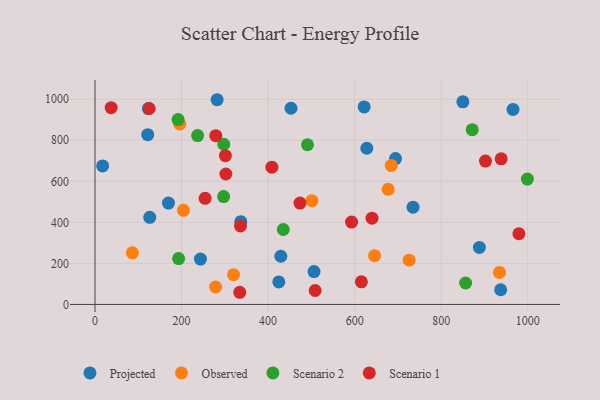
{"axis": {"x": "Investment", "y": "Profit"}, "legend": ["Observed", "Projected", "Scenario 1", "Scenario 2"], "data": [{"x": "452.9", "y": 956.2, "type": "Projected"}, {"x": "424.7", "y": 109.7, "type": "Projected"}, {"x": "429.4", "y": 234.9, "type": "Projected"}, {"x": "126.5", "y": 424.8, "type": "Projected"}, {"x": "282.2", "y": 997.7, "type": "Projected"}, {"x": "965.9", "y": 950.5, "type": "Projected"}, {"x": "243.7", "y": 220.9, "type": "Projected"}, {"x": "506.1", "y": 160.0, "type": "Projected"}, {"x": "169.7", "y": 494.1, "type": "Projected"}, {"x": "121.8", "y": 827.6, "type": "Projected"}, {"x": "734.9", "y": 474.2, "type": "Projected"}, {"x": "850.1", "y": 987.5, "type": "Projected"}, {"x": "937.4", "y": 71.6, "type": "Projected"}, {"x": "17.6", "y": 675.1, "type": "Projected"}, {"x": "888.2", "y": 277.7, "type": "Projected"}, {"x": "123.3", "y": 954.4, "type": "Projected"}, {"x": "628.1", "y": 761.1, "type": "Projected"}, {"x": "621.9", "y": 962.8, "type": "Projected"}, {"x": "336.9", "y": 403.4, "type": "Projected"}, {"x": "694.4", "y": 710.7, "type": "Projected"}, {"x": "646.0", "y": 237.8, "type": "Observed"}, {"x": "934.6", "y": 156.1, "type": "Observed"}, {"x": "86.4", "y": 251.5, "type": "Observed"}, {"x": "195.8", "y": 879.5, "type": "Observed"}, {"x": "501.2", "y": 505.8, "type": "Observed"}, {"x": "677.5", "y": 561.0, "type": "Observed"}, {"x": "278.7", "y": 84.9, "type": "Observed"}, {"x": "204.4", "y": 458.9, "type": "Observed"}, {"x": "320.2", "y": 145.3, "type": "Observed"}, {"x": "684.5", "y": 677.5, "type": "Observed"}, {"x": "725.9", "y": 215.5, "type": "Observed"}, {"x": "435.0", "y": 365.3, "type": "Scenario 2"}, {"x": "297.5", "y": 780.8, "type": "Scenario 2"}, {"x": "999.1", "y": 610.9, "type": "Scenario 2"}, {"x": "297.2", "y": 525.5, "type": "Scenario 2"}, {"x": "237.1", "y": 822.9, "type": "Scenario 2"}, {"x": "192.0", "y": 901.0, "type": "Scenario 2"}, {"x": "871.6", "y": 851.6, "type": "Scenario 2"}, {"x": "491.0", "y": 778.3, "type": "Scenario 2"}, {"x": "856.4", "y": 104.5, "type": "Scenario 2"}, {"x": "193.2", "y": 223.4, "type": "Scenario 2"}, {"x": "336.2", "y": 382.7, "type": "Scenario 1"}, {"x": "508.7", "y": 68.0, "type": "Scenario 1"}, {"x": "938.5", "y": 709.9, "type": "Scenario 1"}, {"x": "640.1", "y": 420.4, "type": "Scenario 1"}, {"x": "302.4", "y": 635.8, "type": "Scenario 1"}, {"x": "334.5", "y": 59.3, "type": "Scenario 1"}, {"x": "125.1", "y": 954.9, "type": "Scenario 1"}, {"x": "592.9", "y": 401.4, "type": "Scenario 1"}, {"x": "979.5", "y": 344.5, "type": "Scenario 1"}, {"x": "279.1", "y": 822.6, "type": "Scenario 1"}, {"x": "902.3", "y": 698.8, "type": "Scenario 1"}, {"x": "254.5", "y": 517.3, "type": "Scenario 1"}, {"x": "473.7", "y": 493.8, "type": "Scenario 1"}, {"x": "615.5", "y": 110.3, "type": "Scenario 1"}, {"x": "408.7", "y": 669.0, "type": "Scenario 1"}, {"x": "301.3", "y": 725.1, "type": "Scenario 1"}, {"x": "37.3", "y": 958.8, "type": "Scenario 1"}]}